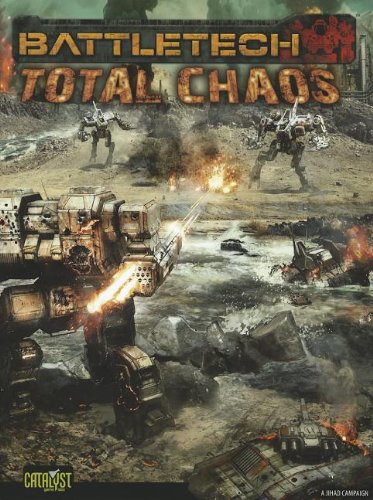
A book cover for Battletech Total Chaos (Battletech (Unnumbered)); Catalyst Game Labs; Science Fiction & Fantasy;